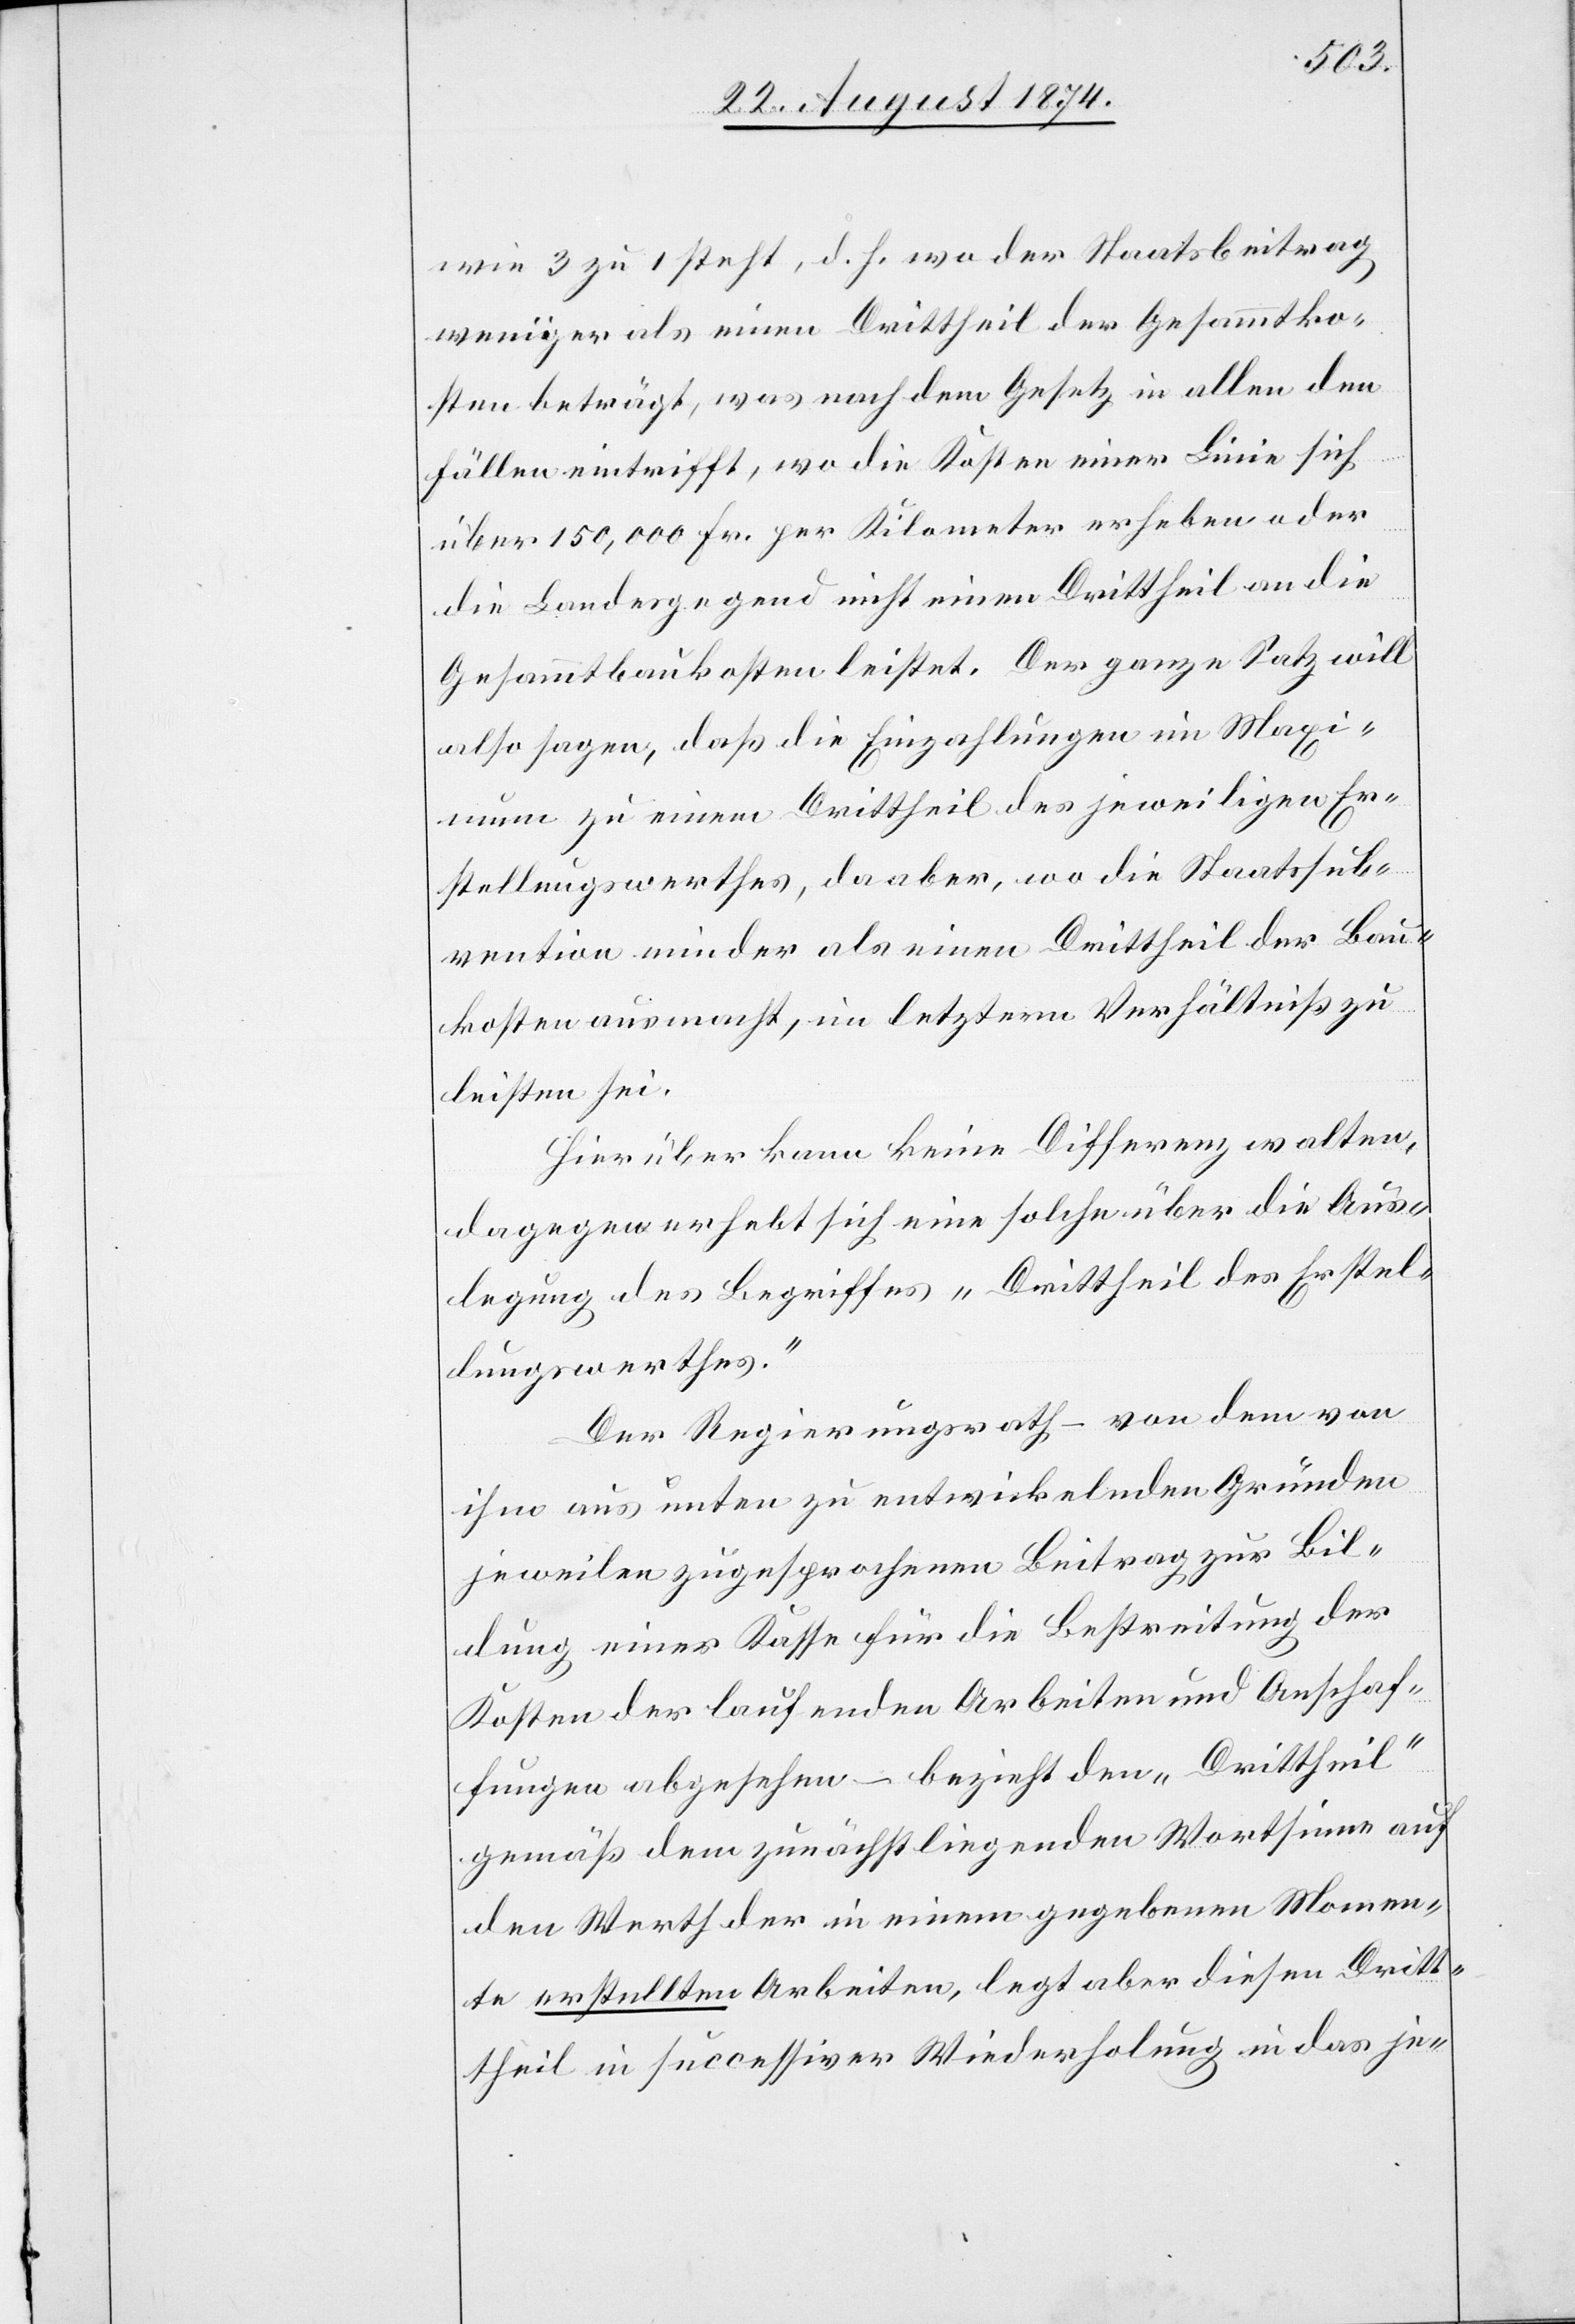
wie 3 zu 1 steht, d. h. wo der Staatsbeitrag
weniger als einen Drittheil der Gesammtko¬
sten beträgt, was nach dem Gesetz in allen den
Fällen eintrifft, wo die Kosten einer Linie sich
über 150,000 Fr. per Kilometer erheben oder
die Landesgegend nicht einen Drittheil an die
Gesammtbaukosten leistet. Der ganze Satz will
also sagen, daß die Einzahlungen im Maxi¬
mum zu einem Drittheil des jeweiligen Er¬
stellungswerthes, da aber, wo die Staatssub¬
vention minder als einen Drittheil der Bau¬
kosten ausmacht, im letztern Verhältniß zu
leisten sei.
Hierüber kann keine Differenz walten,
dagegen erhebt sich eine solche über die Aus¬
legung des Begriffes „Drittheil des Erstel¬
lungswerthes.“
Dem Regierungsrath – von dem von
ihm aus unten zu entwickelnden Gründen
jeweilen zugesprochene Beitrag zur Bil¬
dung einer Kasse für die Bestreitung der
Kosten der laufenden Arbeiten und Anschaf¬
fungen abgesehen – bezieht den „Drittheil“
gemäß dem zunächst liegenden Wortsinne auf
den Werth der in einem gegebenen Momen¬
te erstellten Arbeiten, legt aber diesen Drit¬
theil in successiver Wiederholung in das je-